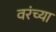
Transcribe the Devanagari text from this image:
वरंच्या